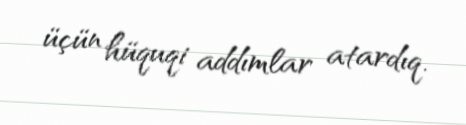
üçün hüquqi addımlar atardıq.